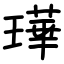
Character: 璍